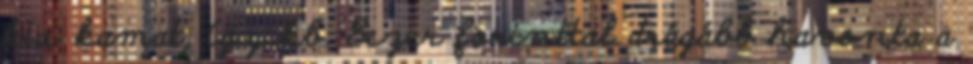
kis kamat, így kb. 8ezer forinttal drágább havonta a